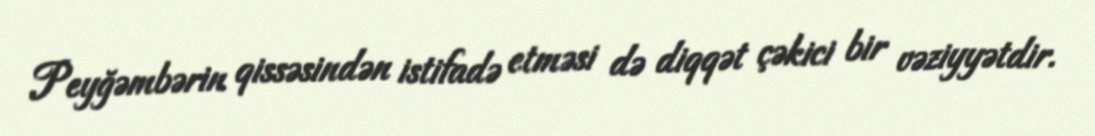
Peyğəmbərin qissəsindən istifadə etməsi də diqqət çəkici bir vəziyyətdir.